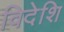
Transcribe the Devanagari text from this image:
विदेशि